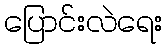
ပြောင်းလဲရေး